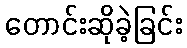
တောင်းဆိုခဲ့ခြင်း